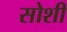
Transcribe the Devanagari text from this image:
सोशी